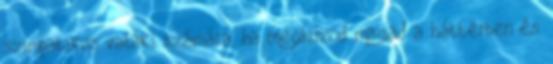
szimpatikus valaki számára, ha meghúzod magad a háttérben és